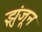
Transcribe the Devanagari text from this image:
झुंजून